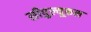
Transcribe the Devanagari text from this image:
सीपुल्यूकल